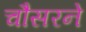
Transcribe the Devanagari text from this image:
चौसरने